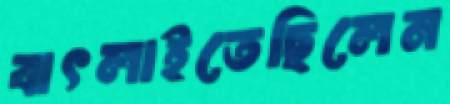
বাৎলাইতেছিলেন